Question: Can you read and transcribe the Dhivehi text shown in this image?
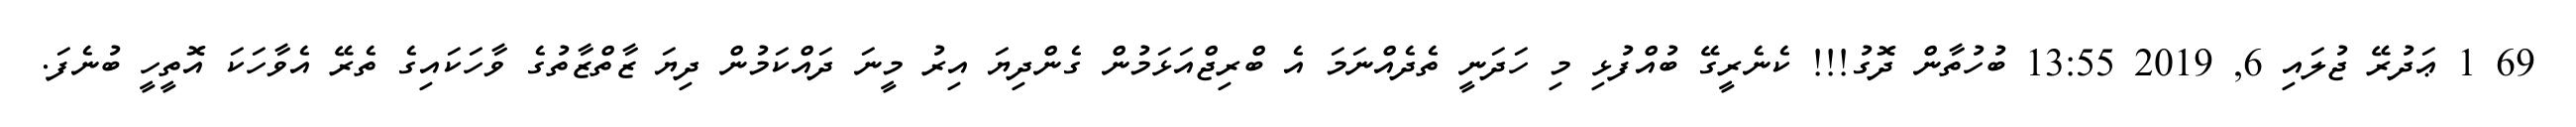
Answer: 69 1 ޢަދުރޭ ޖުލައި 6, 2019 13:55 ބުހުތާން ދޮގު!!! ކެނެރީގޭ ބުއްފުޅި މި ހަދަނީ ތެދެއްނަމަ އެ ބްރިޖްއަޅަމުން ގެންދިޔަ އިރު މީނަ ދައްކަމުން ދިޔަ ޒާތްޒާތުގެ ވާހަކައިގެ ތެރޭ އެވާހަކަ އޮތީހީ ބުނެފަ.